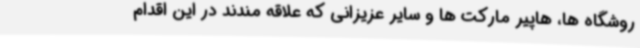
روشگاه ها، هاپیر مارکت ها و سایر عزیزانی که علاقه مندند در این اقدام